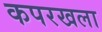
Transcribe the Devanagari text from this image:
कपरखला